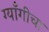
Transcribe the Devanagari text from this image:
ग्याँगीचा